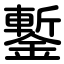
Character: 鏨